Report on vaccination in the Province of Bengal - 1869-1873
Year: 1869
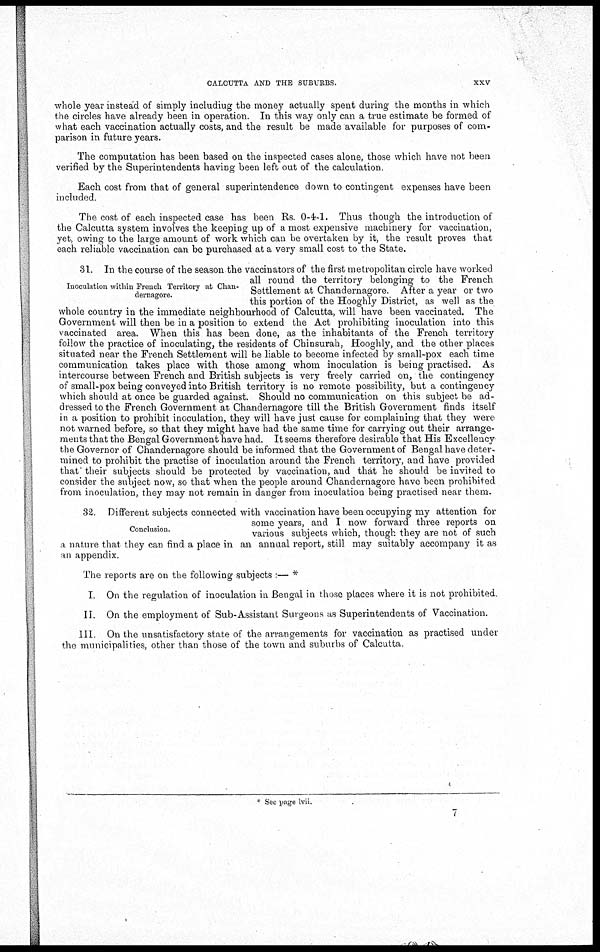
CALCUTTA AND THE SUBURBS.
xxv
whole year instead of simply including the money actually spent during the months in which
the circles have already been in operation. In this way only can a true estimate be formed of
what each vaccination actually costs, and the result be made available for purposes of com-
parison in future years.
The computation has been based on the inspected cases alone, those which have not been
verified by the Superintendents having been left out of the calculation
Each cost from that of general superintendence down to contingent expenses have been
included
The cost of each inspected case has been Rs. 0-4-1. Thus though the introduction of
the Calcutta system involves the keeping up of a most expensive machinery for vaccination,
yet, owing to the large amount of work which can be overtaken by it, the result proves that
each reliable vaccination can be purchased at a very small cost to the State.
Inoculation within French Territory at Chan-
dernagore.
31. In the course of the season the vaccinators of the first metropolitan circle have worked
all round the territory belonging to the French
Settlement at Chandernagore. After a year or two
this portion of the Hooghly District, as well as the
whole country in the immediate neighbourhood of Calcutta, will have been vaccinated. The
Government will then be in a position to extend the Act prohibiting inoculation into this
vaccinated area. When this has been done, as the inhabitants of the French territory
follow the practice of inoculating, the residents of Chinsurah, Hooghly, and the other places
situated near the French Settlement will be liable to become infected by small-pox each time
communication takes place with those among whom inoculation is being practised. As
intercourse between French and British subjects is very freely carried on, the contingency
of small-pox being conveyed into British territory is no remote possibility, but a contingency
which should at once be guarded against. Should no communication on this subject be ad-
dressed to the French Government at Chandernagore till the British Government finds itself
in a position to prohibit inoculation, they will have just cause for complaining that they were
not warned before, so that they might have had the same time for carrying out their arrange-
ments that the Bengal Government have had. It seems therefore desirable that His Excellency
the Governor of Chandernagore should be informed that the Government of Bengal have deter-
mined to prohibit the practise of inoculation around the French territory, and have provided
that their subjects should be protected by vaccination, and that he should be invited to
consider the subject now, so that when the people around Chandernagore have been prohibited
from inoculation, they may not remain in danger from inoculation being practised near them.
Conclusion.
32 Different subjects connected with vaccination have been occupying my attention for
some years, and I now forward three reports on
various subjects which, though they are not of such
a nature that they can find a place in an annual report, still may suitably accompany it as
an appendix
The reports are on the following subjects :— *
I On the regulation of inoculation in Bengal in those places where it is not prohibited.
II. On the employment of Sub-Assistant Surgeons as Superintendents of Vaccination.
III
On the unsatisfactory state of the arrangements for vaccination as practised under
the municipalities, other than those of the town and suburbs of Calcutta.
* Sec page lving.
7